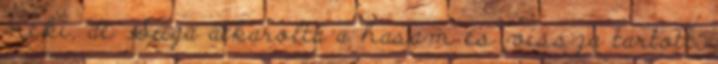
neki, de Suga átkarolta a hasam és vissza tartott.